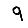
Digit: 9